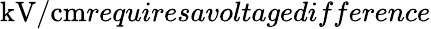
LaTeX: \textrm{kV/cm}requiresavoltagedifference